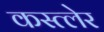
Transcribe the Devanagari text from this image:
कस्त्लेर